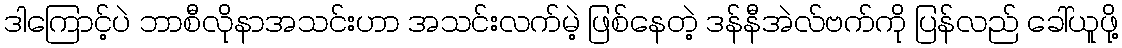
ဒါကြောင့်ပဲ ဘာစီလိုနာအသင်းဟာ အသင်းလက်မဲ့ ဖြစ်နေတဲ့ ဒန်နီအဲလ်ဗက်ကို ပြန်လည် ခေါ်ယူဖို့